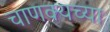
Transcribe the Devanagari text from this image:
चाणक्यच्या